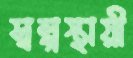
স্বল্পস্থায়ী